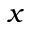
x